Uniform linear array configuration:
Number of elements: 16
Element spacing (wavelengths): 0.75
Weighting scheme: hann
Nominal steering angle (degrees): -45
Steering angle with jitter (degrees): -46.166
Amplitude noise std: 0.05
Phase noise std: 0.05

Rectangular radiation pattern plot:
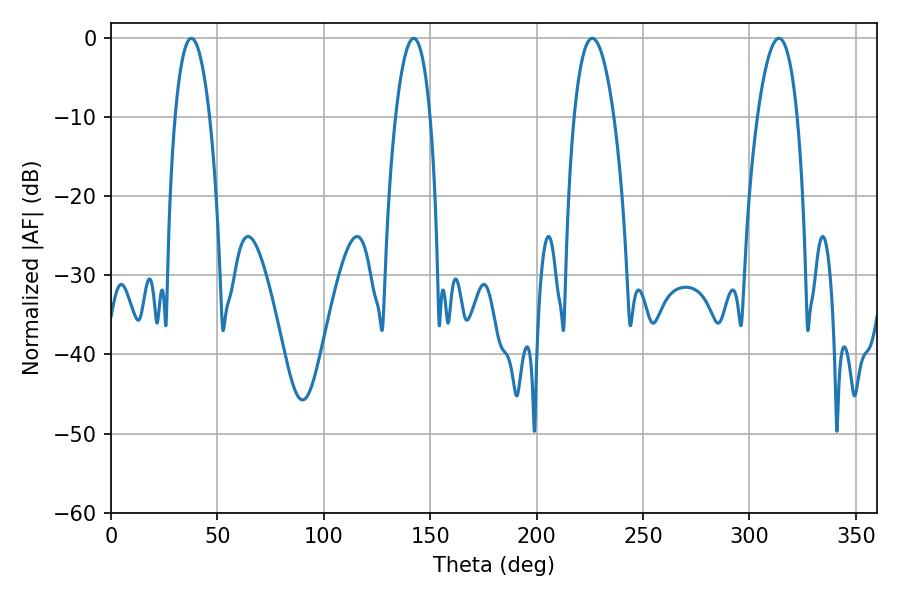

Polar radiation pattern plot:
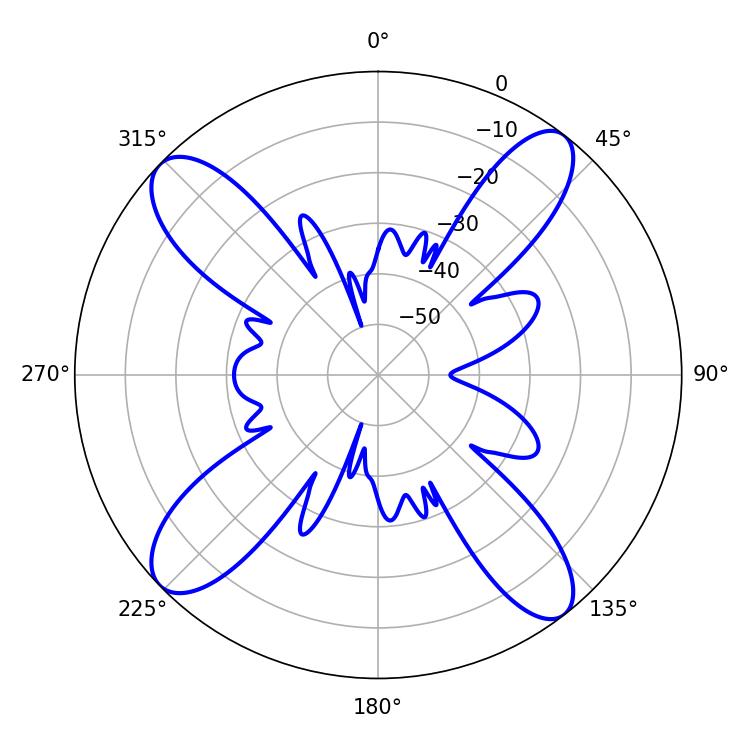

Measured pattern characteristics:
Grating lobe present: TRUE
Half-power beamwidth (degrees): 9.18
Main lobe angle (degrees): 37.8